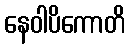
နေဝါပိကောတိ